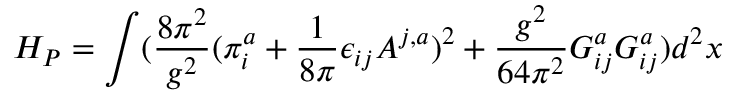
H _ { P } = \int ( \frac { 8 \pi ^ { 2 } } { g ^ { 2 } } ( \pi _ { i } ^ { a } + \frac { 1 } { 8 \pi } \epsilon _ { i j } A ^ { j , a } ) ^ { 2 } + \frac { g ^ { 2 } } { 6 4 \pi ^ { 2 } } G _ { i j } ^ { a } G _ { i j } ^ { a } ) d ^ { 2 } x